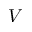
V